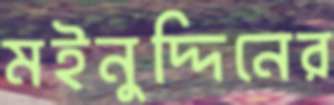
মইনুদ্দিনের